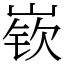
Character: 嵚